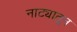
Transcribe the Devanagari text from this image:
नाट्यातून